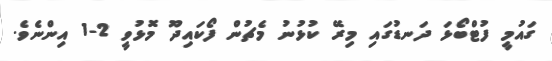
ގައުމީ ފުޓްބޯޅަ ދަނޑުގައި މިރޭ ކުޅުނު މެޗުން ފޯކައިދޫ މޮޅުވީ 2-1 އިންނެވެ.